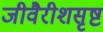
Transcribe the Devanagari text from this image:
जीवैरीशसृष्टं